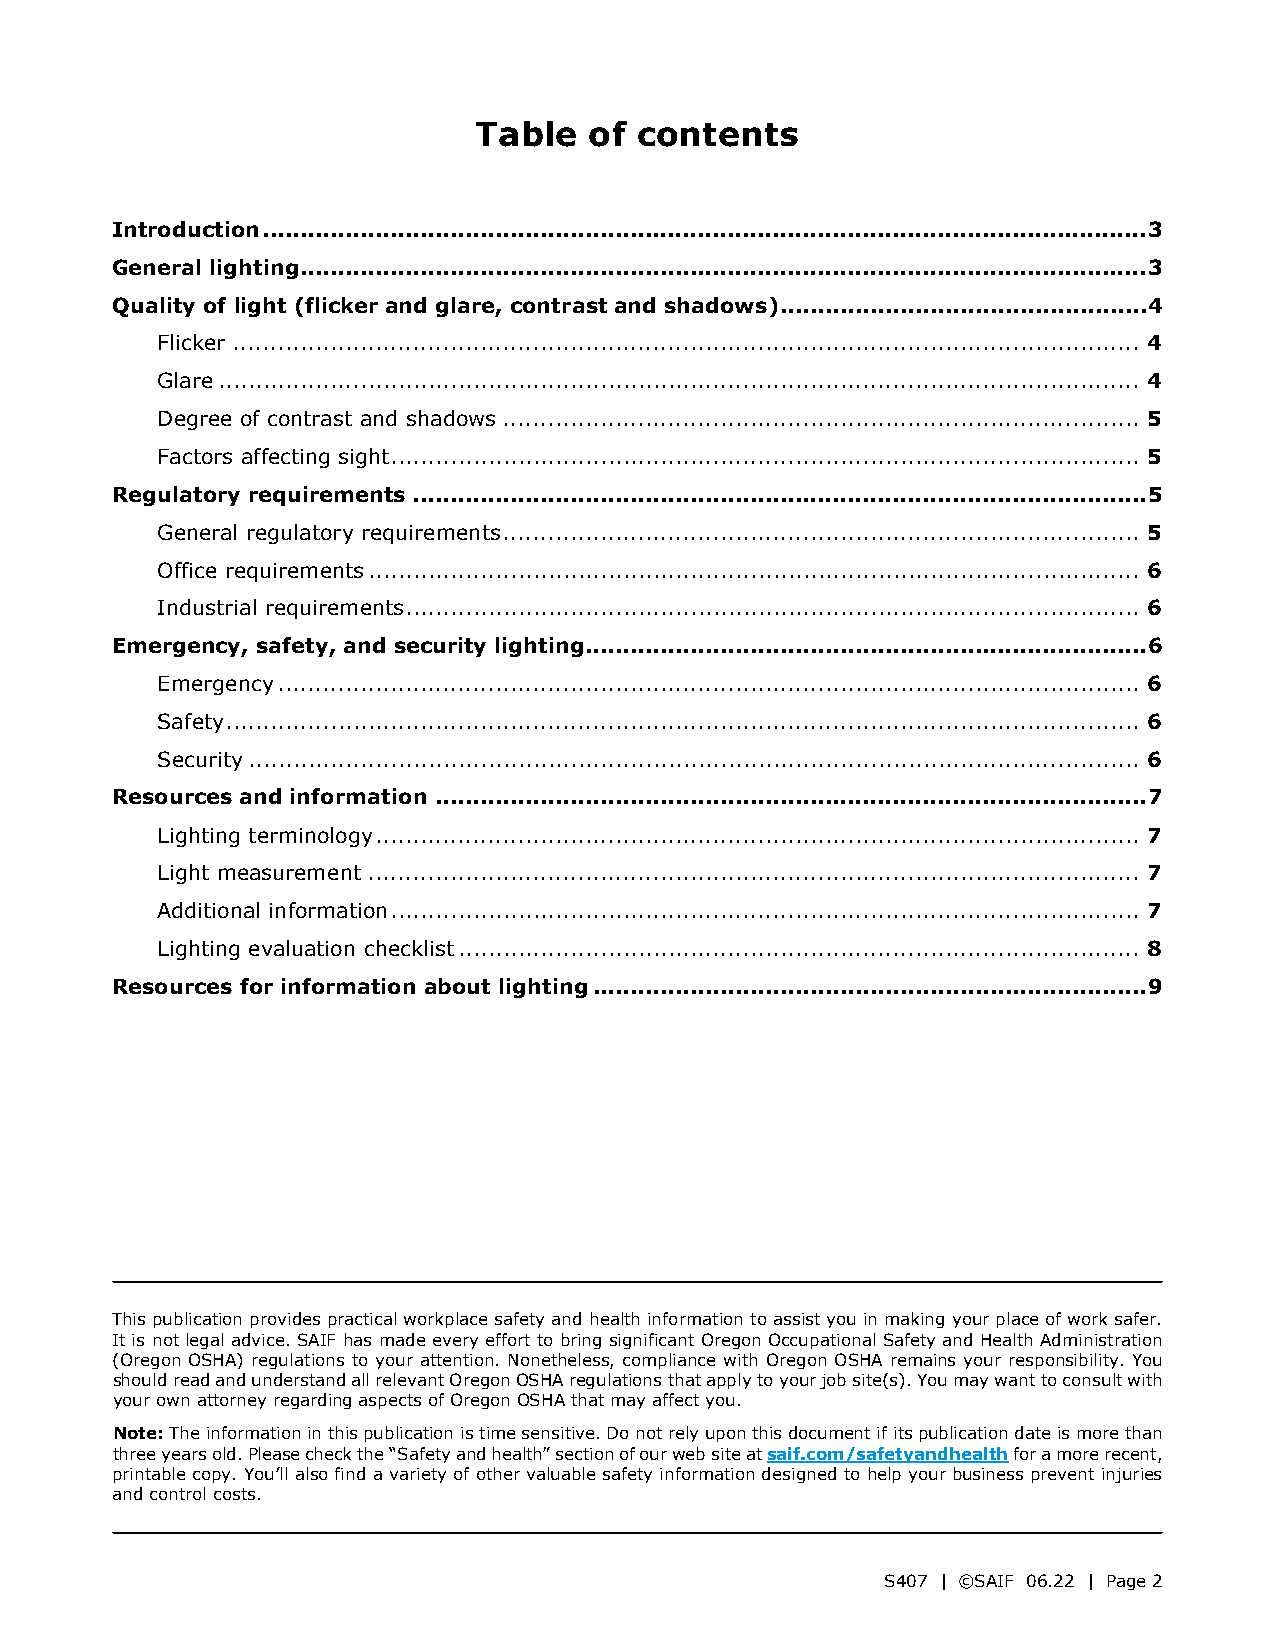
Table   of contents
 Introduction ...................................................................................................................... 3
 General lighting................................................................................................................. 3
 Quality of light (flicker and glare, contrast and shadows) ................................................. 4
 Flicker ......................................................................................................................... 4
 Glare ........................................................................................................................... 4
 Degree of contrast and shadows ..................................................................................... 5
 Factors affecting sight .................................................................................................... 5
 Regulatory requirements .................................................................................................. 5
 General regulatory requirements ..................................................................................... 5
 Office requirements ....................................................................................................... 6
 Industrial requirements .................................................................................................. 6
 Emergency, safety, and security lighting ........................................................................... 6
 Emergency ................................................................................................................... 6
 Safety .......................................................................................................................... 6
 Security ....................................................................................................................... 6
 Resources and information ............................................................................................... 7
 Lighting terminology ...................................................................................................... 7
 Light measurement ....................................................................................................... 7
 Additional information .................................................................................................... 7
 Lighting evaluation checklist ........................................................................................... 8
 Resources for information about lighting .......................................................................... 9
 This publication provides practical workplace safety and health information to assist you in making your place of work safer.
 It is not legal advice. SAIF has made every effort to bring significant Oregon Occupational Safety and Health Administration
 (Oregon OSHA) regulations to your attention. Nonetheless, compliance with Oregon OSHA remains your responsibility. You
 should read and understand all relevant Oregon OSHA regulations that apply to your job site(s). You may want to consult with
 your own attorney regarding aspects of Oregon OSHA that may affect you.
 Note: The information in this publication is time sensitive. Do not rely upon this document if its publication date is more than
 three years old. Please check the “Safety and health” section of our web site at saif.com/safetyandhealth for a more recent,
 printable copy. You’ll also find a variety of other valuable safety information designed to help your business prevent injuries
 and control costs.
 S407 | ©SAIF 06.22 | Page 2